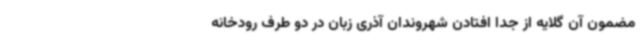
مضمون آن گلایه از جدا افتادن شهروندان آذری زبان در دو طرف رودخانه